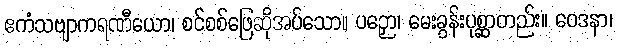
ဧကံသဗျာကရဏီယော၊ စင်စစ်ဖြေဆိုအပ်သော။ ပဉှော၊ မေးခွန်းပုစ္ဆာတည်း။ ဝေဒနာ၊